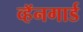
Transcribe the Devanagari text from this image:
व्हॅनगार्ड